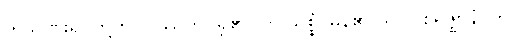
ကသိုဏ်းရုပ်တို့ကို။ ပဿတိ၊ ရှု၏။ ဟိ သစ္စံ၊ မှန်၏။ ရူပါဝစရဇ္ဈာနံ၊ ကို။